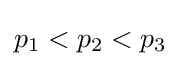
p_{1}<p_{2}<p_{3}